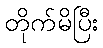
တိုက်မိပြီး